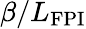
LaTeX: \beta/L_{\mathrm{FPI}}